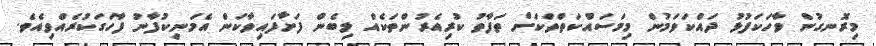
މިރޮނގުން ވާހަކަފުޅު ދައްކަވަމުން މިމަސައްކަތްތަކަށް ތަފާތު ކުރިއެރުންތަކެއް ލިބެން ފަށާފައިވާކަން އެމަނިކުފާނު ފާހަގަކުރެއްވިއެވެ.